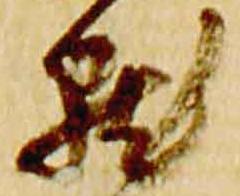
点